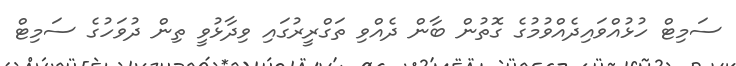
ސަމިޓް ހުޅުއްވައިދެއްވުމުގެ ގޮތުން ބާން ދެއްވި ތަގްރީރުގައި ވިދާޅުވީ ތިން ދުވަހުގެ ސަމިޓް